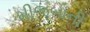
મીજબાની